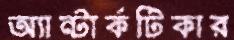
অ্যান্টার্কটিকার